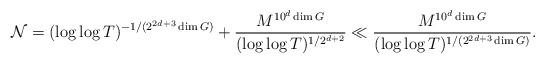
LaTeX: \begin{align*}\mathcal{N}=(\log \log T)^{-1/(2^{2d+3} \dim G)} + \frac{M^{10^d \dim G}}{(\log \log T)^{1/2^{d+2}}}\ll \frac{M^{10^d \dim G}}{(\log \log T)^{1/(2^{2d+3} \dim G)}}.\end{align*}